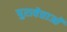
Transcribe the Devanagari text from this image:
पुरावेत्ताओं